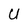
Character: U